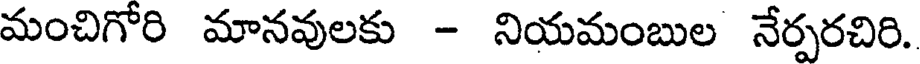
మంచిగోరి మానవులకు - నియమంబుల నేర్పరచిరి.